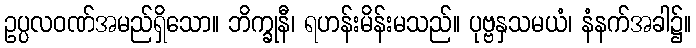
ဥပ္ပလဝဏ်အမည်ရှိသော။ ဘိက္ခုနီ၊ ရဟန်းမိန်းမသည်။ ပုဗ္ဗနှသမယံ၊ နံနက်အခါ၌။